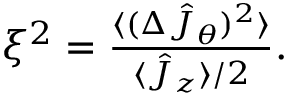
\begin{array} { r } { \xi ^ { 2 } = \frac { \langle ( \Delta \hat { J } _ { \theta } ) ^ { 2 } \rangle } { \langle \hat { J } _ { z } \rangle / 2 } . } \end{array}